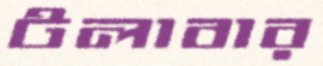
টলাবার